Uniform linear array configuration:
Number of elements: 24
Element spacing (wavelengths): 0.75
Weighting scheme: cosine
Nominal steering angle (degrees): -60
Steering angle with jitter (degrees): -59.568
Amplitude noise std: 0.05
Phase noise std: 0.05

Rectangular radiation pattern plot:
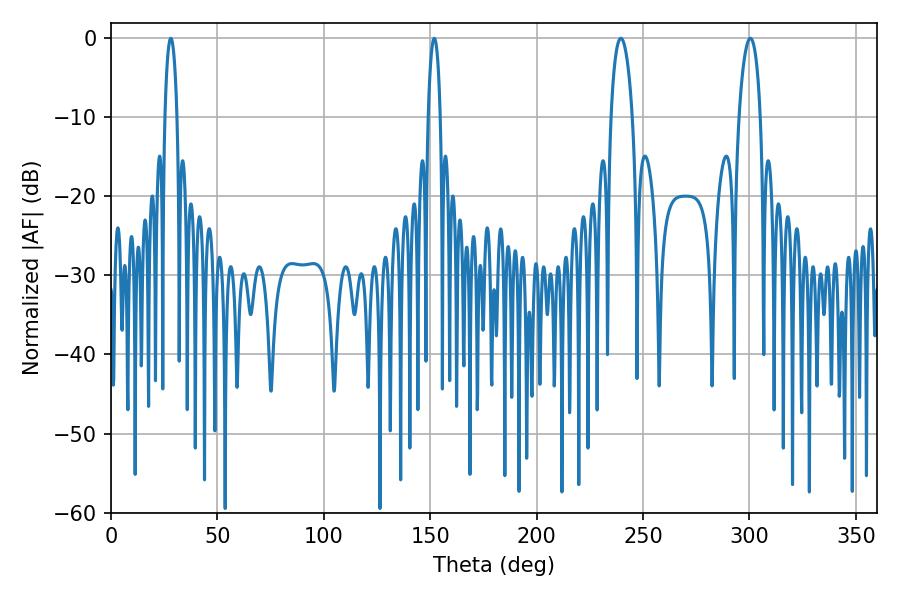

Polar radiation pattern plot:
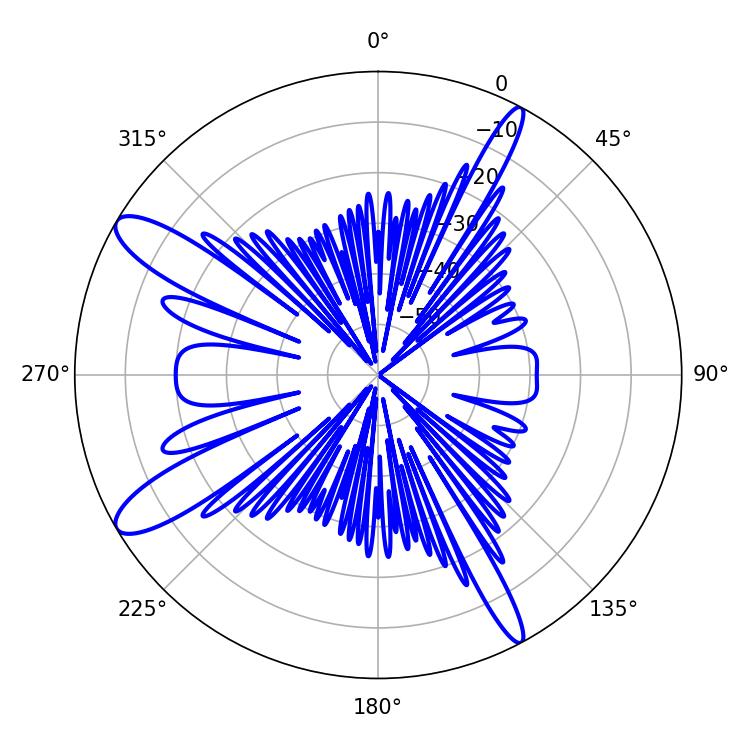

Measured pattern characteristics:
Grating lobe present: TRUE
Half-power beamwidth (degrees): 5.76
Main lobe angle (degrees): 239.58